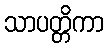
သာပတ္တိကာ